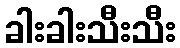
ခါးခါးသီးသီး